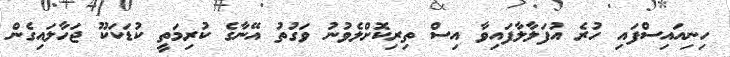
ހިނިއައިސްފައި ހުރެ އުފަލާލާފައިވާ އިސް ތިރިކޮށްލެވުނު ވަގުތު އޭނާގެ ކުރިމަތީ ކުޑަކަކޫ ޖަހާލައިގެން